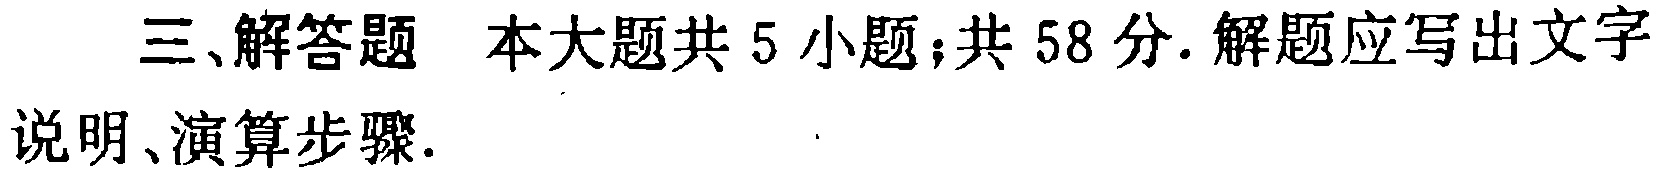
三、解答题 本大题共 5 小题；共 58 分. 解题应写出文字说明、演算步骤.